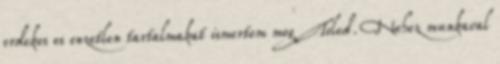
erdekes es onzetlen tartalmakat ismertem meg Toled. Nehez munkaval